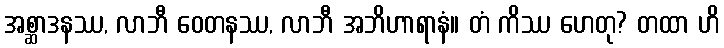
အစ္ဆာဒနဿ, လာဘီ ဝေတနဿ, လာဘီ အဘိဟာရာနံ။ တံ ကိဿ ဟေတု? တထာ ဟိ